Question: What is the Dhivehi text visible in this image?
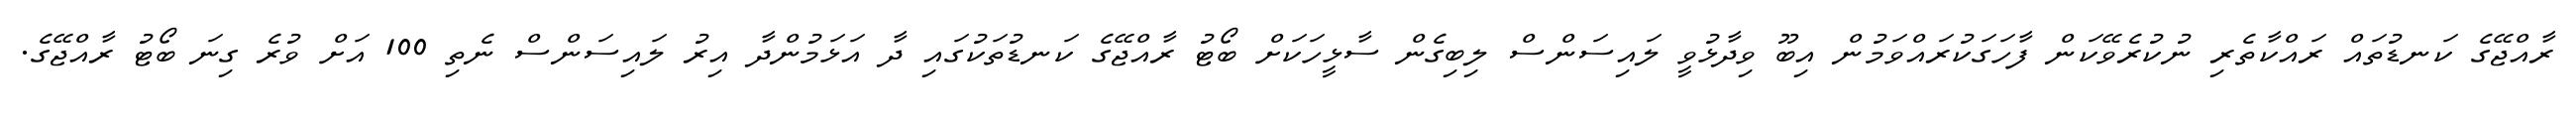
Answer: ރާއްޖޭގެ ކަނޑުތައް ރައްކާތެރި ނުކުރެވޭކަން ފާހަގަކުރައްވަމުން އިބޫ ވިދާޅުވީ ލައިސަންސް ލިބިގެން ސާޅީހަކަށް ބޯޓު ރާއްޖޭގެ ކަނޑުތަކުގައި ދާ އަޅަމުންދާ އިރު ލައިސަންސް ނެތި 100 އަށް ވުރެ ގިނަ ބޯޓު ރާއްޖޭގެ.